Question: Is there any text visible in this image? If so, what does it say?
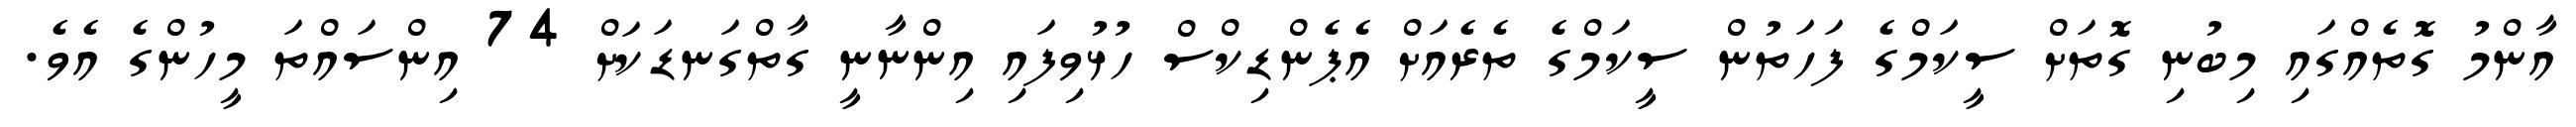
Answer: އާންމު ގޮތެއްގައި މިބުނި ގޮތަށް ސީކަމްގެ ފަހަތުން ސީކަމްގެ ތެރެއަށް އެޕެންޑިކްސް ހުޅުވިފައި އިންނާނީ ގާތްގަނޑަކަށް 74 އިންސައްތަ މީހުންގެ އެވެ.